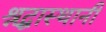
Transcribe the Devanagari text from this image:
श्रद्धास्थानी